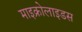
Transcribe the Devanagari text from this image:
माइक्रोलाइडस